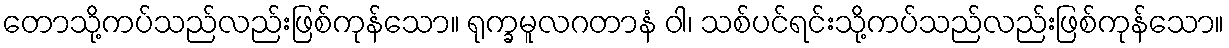
တောသို့ကပ်သည်လည်းဖြစ်ကုန်သော။ ရုက္ခမူလဂတာနံ ဝါ၊ သစ်ပင်ရင်းသို့ကပ်သည်လည်းဖြစ်ကုန်သော။